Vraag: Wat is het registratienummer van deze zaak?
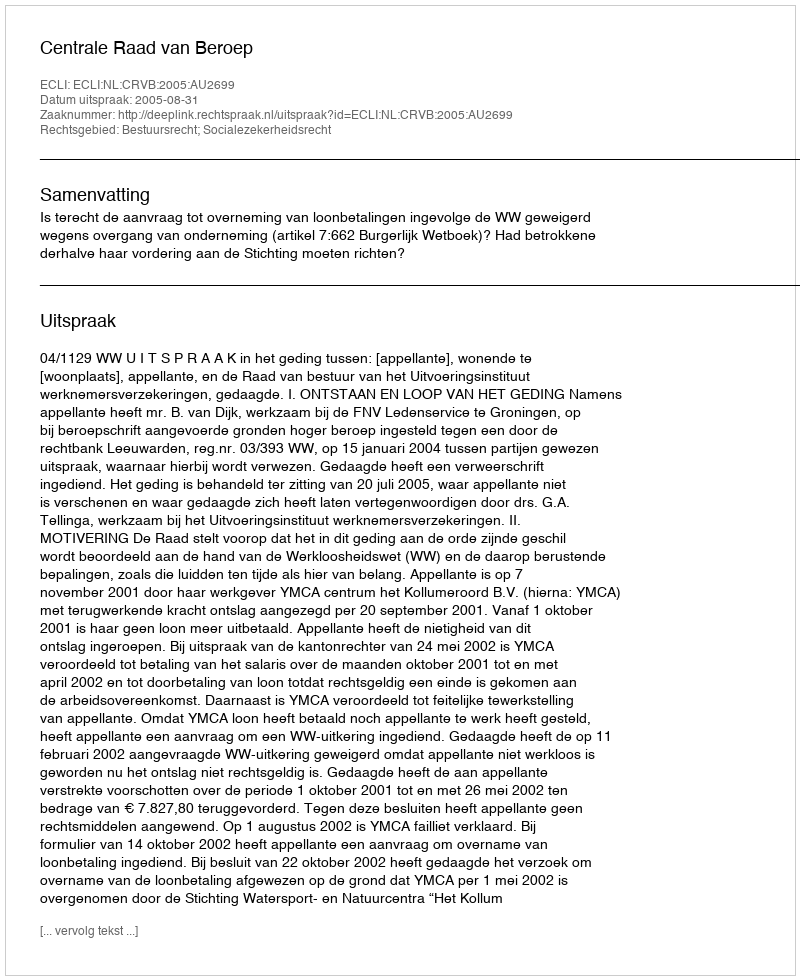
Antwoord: http://deeplink.rechtspraak.nl/uitspraak?id=ECLI:NL:CRVB:2005:AU2699